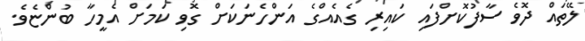
ލޭތައް ދޮވެ ސާފުކޮށްފައި ކައިރި ގެއެއްގެ އަންހެނަކަށް ގޮވި ކަމަށް އެމީހާ ބުންޏެވެ.